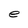
Character: e